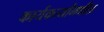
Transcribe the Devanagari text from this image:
कार्यकर्त्यांमधील